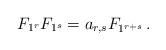
LaTeX: \begin{align*}F_{1^r} F_{1^s} = a_{r,s} F_{1^{r+s}}\,.\end{align*}